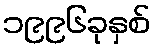
၁၉၉၆ခုနှစ်